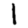
Digit: 1